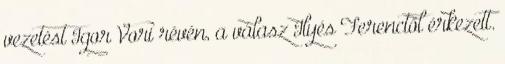
vezetést Igor Vori révén, a válasz Ilyés Ferenctől érkezett.